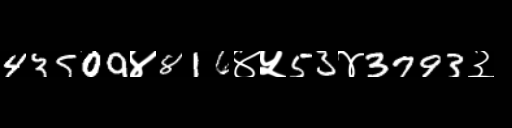
Text: 43509४816४५53४3793३